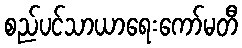
စည်ပင်သာယာရေးကော်မတီ